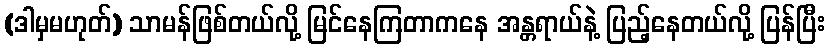
(ဒါမှမဟုတ်) သာမန်ဖြစ်တယ်လို့ မြင်နေကြတာကနေ အန္တရာယ်နဲ့ ပြည့်နေတယ်လို့ ပြန်ပြီး